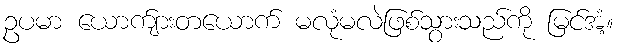
ဥပမာ ယောက်ျားတယောက် မလုံမလဲဖြစ်သွားသည်ကို မြင်အံ့။